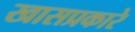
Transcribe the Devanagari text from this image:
खासप्रकारे